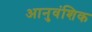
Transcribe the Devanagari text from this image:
आनुवंशिक